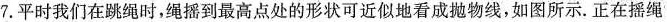
7. 平时我们在跳绳时，绳摇到最高点处的形状可近似地看成抛物线，如图所示。正在摇绳